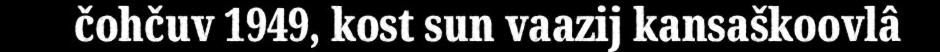
čohčuv 1949, kost sun vaazij kansaškoovlâ